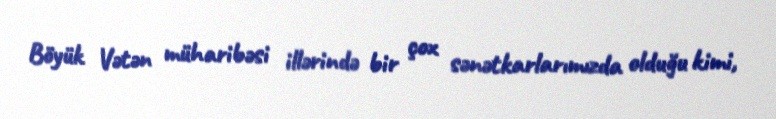
Böyük Vətən müharibəsi illərində bir çox sənətkarlarımızda olduğu kimi,